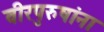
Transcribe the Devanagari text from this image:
वीरपुरुषांना